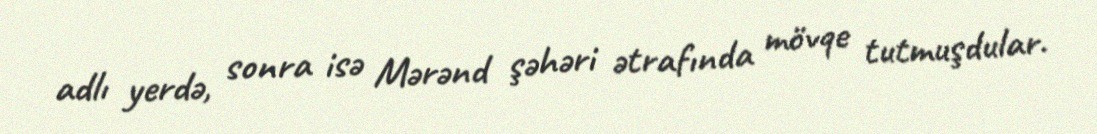
adlı yerdə, sonra isə Mərənd şəhəri ətrafında mövqe tutmuşdular.